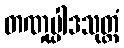
တဏှုပ္ပါဒသုတ္တံ